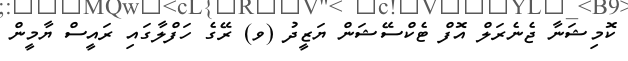
ކޮމިޝަނާ ޖެނެރަލް އޮފް ޓެކްސޭޝަން ޔަޒީދު (ވ) ރޭގެ ހަފްލާގައި ރައީސް ޔާމީން